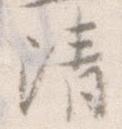
清